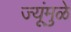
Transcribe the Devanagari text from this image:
ज्यूंमुळे